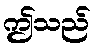
ဤသည်